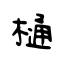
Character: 樋